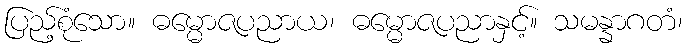
ပြည့်စုံသော။ ဓမ္မောဇပညာယ၊ ဓမ္မောဇပညာနှင့်။ သမန္နာဂတံ၊